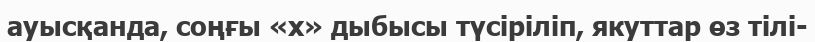
ауысқанда, соңғы «х» дыбысы түсіріліп, якуттар өз тілі-